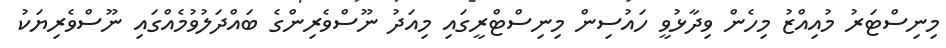
މިނިސްޓަރު މުއިއްޒު މިހެން ވިދާޅުވީ ހައުސިން މިނިސްޓްރީގައި މިއަދު ނޫސްވެރިންގެ ބައްދަލުވުމެއްގައި ނޫސްވެރިޔަކު